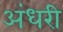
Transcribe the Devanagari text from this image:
अंधरी